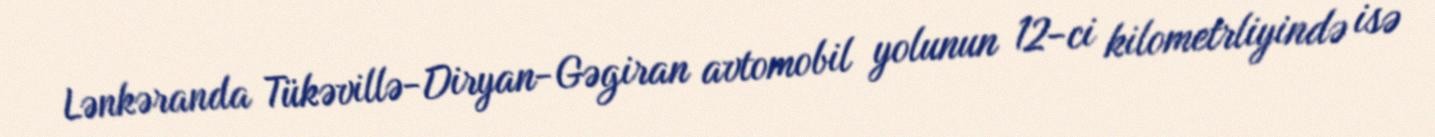
Lənkəranda Tükəvillə-Diryan-Gəgiran avtomobil yolunun 12-ci kilometrliyində isə